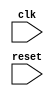
module behavior_trigger (
  input wire clk,
  input wire reset,
  // other input and output ports here
);

always @(posedge clk or negedge reset) begin
  // behavioral modeling code here
end

endmodule